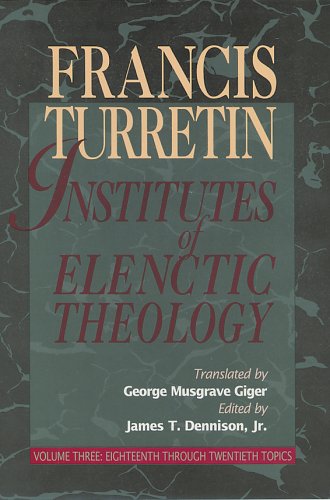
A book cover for Institutes of Elenctic Theology (3 Volume Set); Francis Turretin; Christian Books & Bibles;